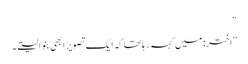
“
”اختر: میں کہہ رہا تھا کہ ایک تصویر ابھی بنوا لیتے۔